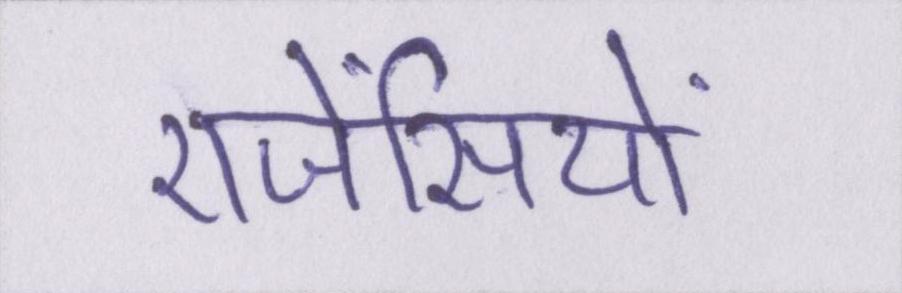
एजेंसियों